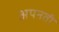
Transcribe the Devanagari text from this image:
अपनती